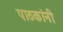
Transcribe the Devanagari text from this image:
पाठकांनी